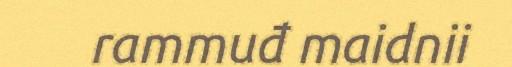
rammuđ maidnii